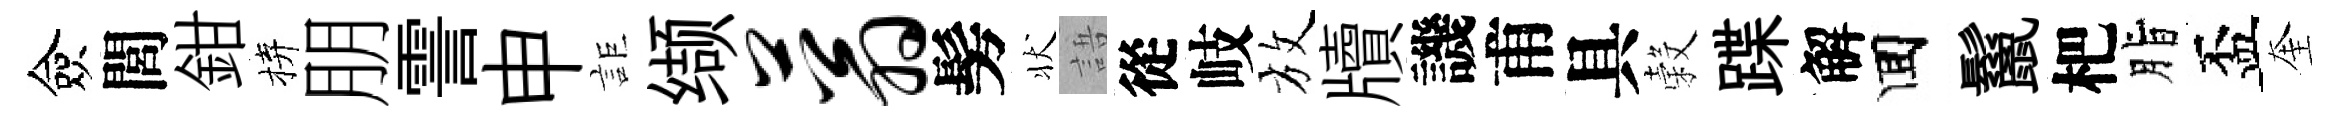
僉閭鉗拚朋霅申詎缬蓊髣状語從岐放牘譏甫具穀蹀解囬鬣杷脂盃奎